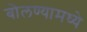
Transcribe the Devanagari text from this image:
बोलण्यामध्ये